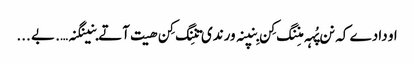
او دادے کہ نن پُہہ منِنگ کِن بِنپنہ ورندی تنِنگ کِن ھیت آتے بنینگنہ…. بے ...